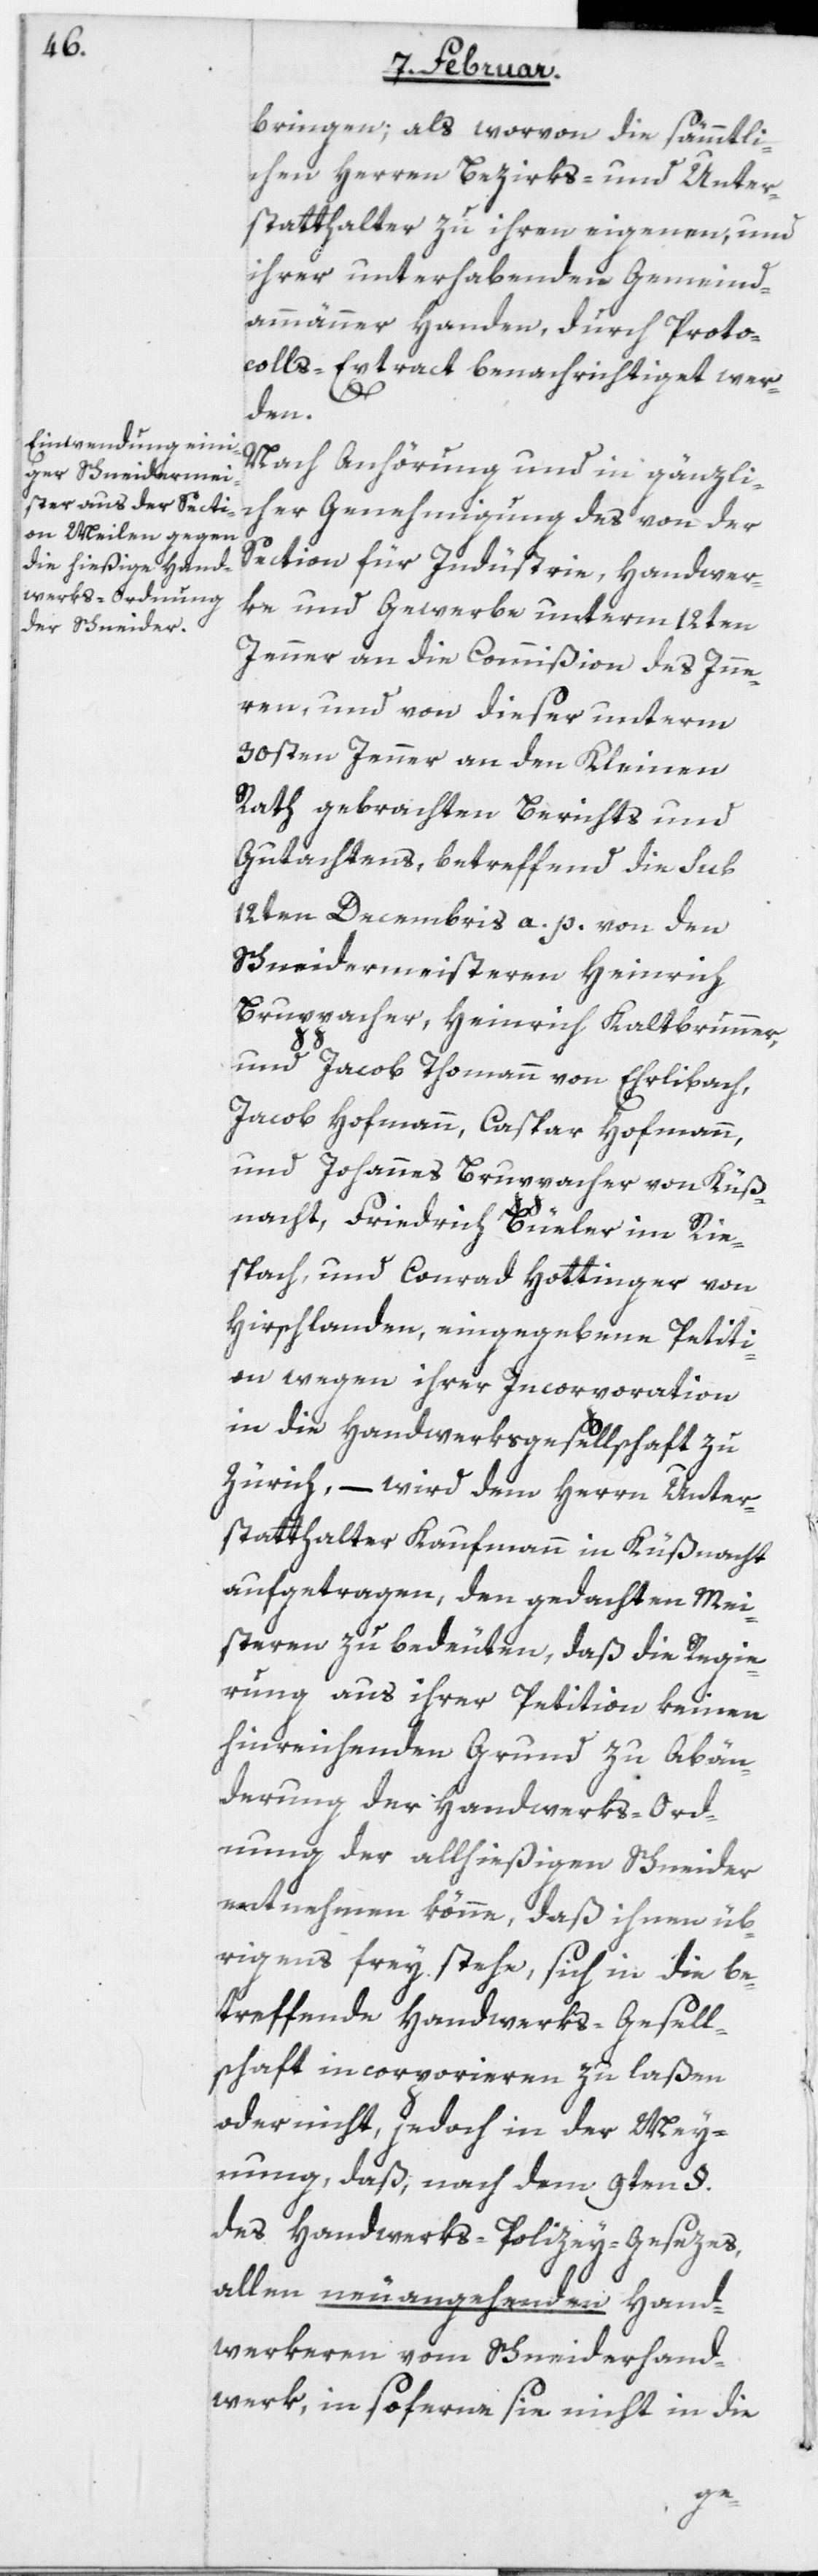
bringen; als worvon die sämmtli¬
chen Herren Bezirks- und Unter¬
statthalter zu ihren eigenen, und
ihrer unterhabenden Gemeind¬
ammänner Handen, durch Proto¬
colls-Extract benachrichtiget wer¬
den.
Nach Anhörung und in gänzli¬
cher Genehmigung des von der
Section für Indüstrie, Handwer¬
ke und Gewerbe unterm 12ten
Jenner an die Commißion des Inne¬
ren, und von dieser unterm
30sten Jenner an den Kleinen
Rath gebrachten Berichts und
Gutachtens, betreffend die sub
12ten Decembris a. p. von den
Schneidermeisteren Heinrich
Bruppacher, Heinrich Kaltbrunner,
und Jacob Thomann von Ehrlibach;
Jacob Hofmann, Caspar Hofmann,
und Johannes Bruppacher von Küß¬
nacht; Friedrich Büeler im Rie¬
spach, und Conrad Hottinger von
Hirschlanden, eingegebene Petiti¬
on wegen ihrer Incorporation
in die Handwerksgesellschaft zu
Zürich, – wird dem Herrn Unter¬
statthalter Kaufmann in Küßnacht
aufgetragen, den gedachten Mei¬
steren zu bedeuten, daß die Regie¬
rung aus ihrer Petition keinen
hinreichenden Grund zu Abän¬
derung der Handwerks-Ord¬
nung der allhießigen Schneider
entnehmen könne, daß ihnen üb¬
rigens frey stehe, sich in die be¬
treffende Handwerks-Gesell¬
schaft incorporieren zu laßen
oder nicht, jedoch in der Mey¬
nung, daß, nach dem 9ten §.
des Handwerks-Polizey-Gesezes,
allen neuangehenden Hand¬
werkeren vom Schneiderhand¬
werk, in soferne sie nicht in die